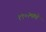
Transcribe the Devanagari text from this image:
१९०२मध्ये